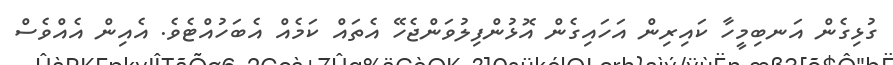
ގުޅިގެން އަނބިމީހާ ކައިރިން އަހައިގެން އޮޅުންފިލުވަންޖެހޭ އެތައް ކަމެއް އެބަހުއްޓެވެ. އެއިން އެއްވެސް